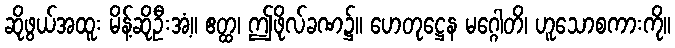
ဆိုဖွယ်အထူး မိန့်ဆိုဦးအံ့။ ဧတ္ထ၊ ဤဖိုလ်ခဏ၌။ ဟေတုဋ္ဌေန မဂ္ဂေါတိ၊ ဟူသောစကားကို။